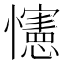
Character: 㦥